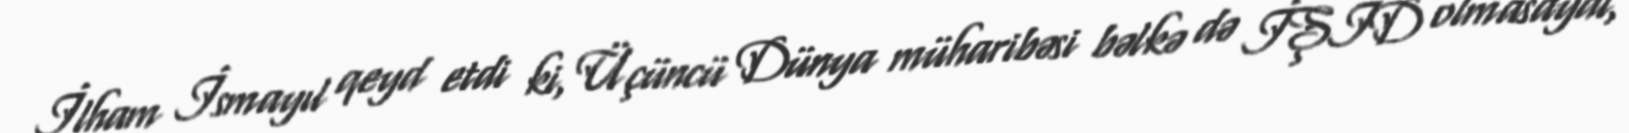
İlham İsmayıl qeyd etdi ki, Üçüncü Dünya müharibəsi bəlkə də İŞİD olmasaydı,